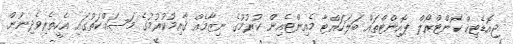
ޖިއޮޑެޓިކް ކޮންޓްރޯލް ޕޮއިންޓްތައް ބަލަހައްޓާ މެއިންޓެއިން ކުރުމުގެ ނިޒާމެއް ޤާއިމުކުރުމުގެ މަސައްކަތުގައި އެހީތެރިވެދިނުން.